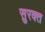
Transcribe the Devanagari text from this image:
सुरक्त